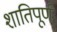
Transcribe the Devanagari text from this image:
शातिपूर्ण